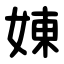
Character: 娻